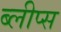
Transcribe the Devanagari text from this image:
ब्लीप्स